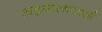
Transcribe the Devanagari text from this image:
अहवालांसाठी